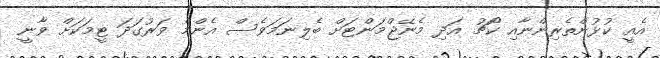
އެއީ ކުޅުންތެރިންނާއި ކޯޗު އަދި މެނޭޖްމަންޓަށް ބެލިނަމަވެސް އެންމެ ވަރުގަދަ ޓީމަކަށް ވާނީ